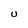
Character: U